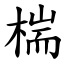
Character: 椯